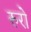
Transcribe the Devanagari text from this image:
रुरो